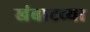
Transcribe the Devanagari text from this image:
खंबाटच्या